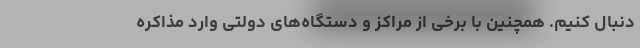
دنبال کنیم. همچنین با برخی از مراکز و دستگاه‌های دولتی وارد مذاکره